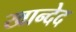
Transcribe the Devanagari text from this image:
खान्देद